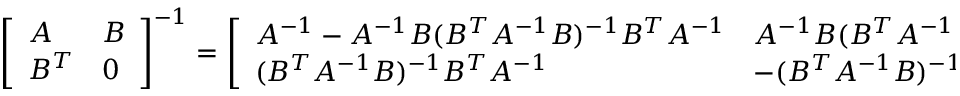
\left[ \begin{array} { l l } { A } & { B } \\ { B ^ { T } } & { 0 } \end{array} \right] ^ { - 1 } = \left[ \begin{array} { l l } { A ^ { - 1 } - A ^ { - 1 } B ( B ^ { T } A ^ { - 1 } B ) ^ { - 1 } B ^ { T } A ^ { - 1 } } & { A ^ { - 1 } B ( B ^ { T } A ^ { - 1 } B ) ^ { - 1 } } \\ { ( B ^ { T } A ^ { - 1 } B ) ^ { - 1 } B ^ { T } A ^ { - 1 } } & { - ( B ^ { T } A ^ { - 1 } B ) ^ { - 1 } } \end{array} \right] ,